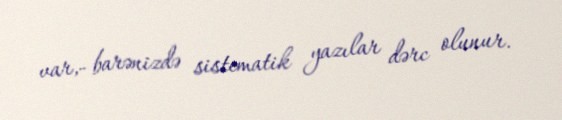
var,- barənizdə sistematik yazılar dərc olunur.